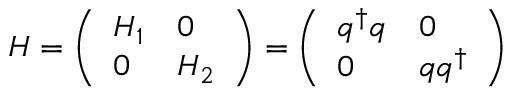
H = \left( \begin{array} { l l } { { H _ { 1 } } } & { { 0 } } \\ { { 0 } } & { { H _ { 2 } } } \end{array} \right) = \left( \begin{array} { l l } { { q ^ { \dagger } q } } & { { 0 } } \\ { { 0 } } & { { q q ^ { \dagger } } } \end{array} \right)